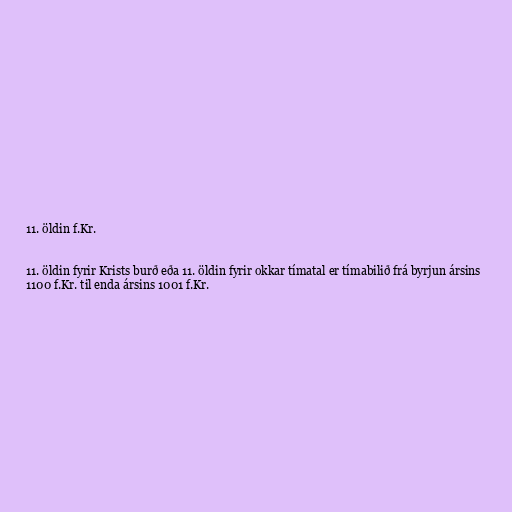
11. öldin f.Kr.

11. öldin fyrir Krists burð eða 11. öldin fyrir okkar tímatal er tímabilið frá byrjun ársins
1100 f.Kr. til enda ársins 1001 f.Kr.